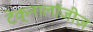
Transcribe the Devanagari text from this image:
टेक्नालॉजीज़